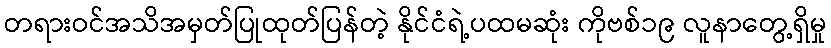
တရားဝင်အသိအမှတ်ပြုထုတ်ပြန်တဲ့ နိုင်ငံရဲ့ပထမဆုံး ကိုဗစ်၁၉ လူနာတွေ့ရှိမှု